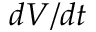
d V / d t